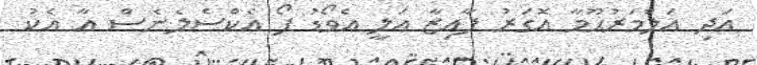
އަދި އަލްމަރުޙޫމާ އޮގަރު ފާއިޒާ އަލީ އެވޯޑު ފޯ އެކްސެލެނެސް އާ އެކު